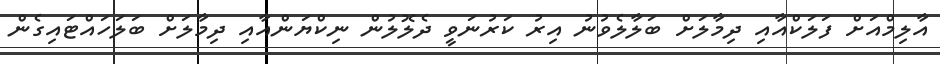
އާލިމްއަށް ފަލަކްއާއި ދިމާލަށް ބަލާލެވުނު އިރު ކަރުނަވީ ދެލޮލުން ނިކްޔަންއާއި ދިމާލަށް ބަލަހައްޓައިގެން